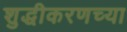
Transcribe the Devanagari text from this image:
शुद्धीकरणच्या